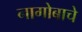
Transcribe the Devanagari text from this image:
नागोबाचे